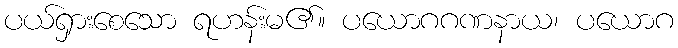
ပယ်ရှားစေသော ရဟန်းမ၏။ ပယောဂဂဏနာယ၊ ပယောဂ